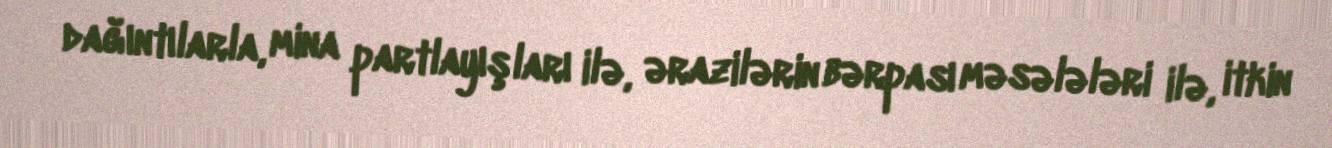
dağıntılarla, mina partlayışları ilə, ərazilərin bərpası məsələləri ilə, itkin